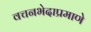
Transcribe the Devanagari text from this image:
वचनभेदाप्रमाणे